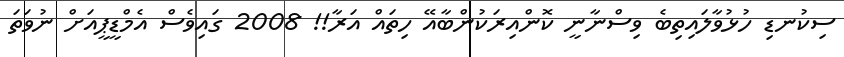
ސިކުނޑި ހުޅުވާލައިތިބެ ވިސްނާނީ ކޮންއިރަކުންބާއޭ ހިތައް އަރާ!! 2008 ގައިވެސް އެމްޑީޕީއަށް ނުވަތަ